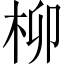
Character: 柳